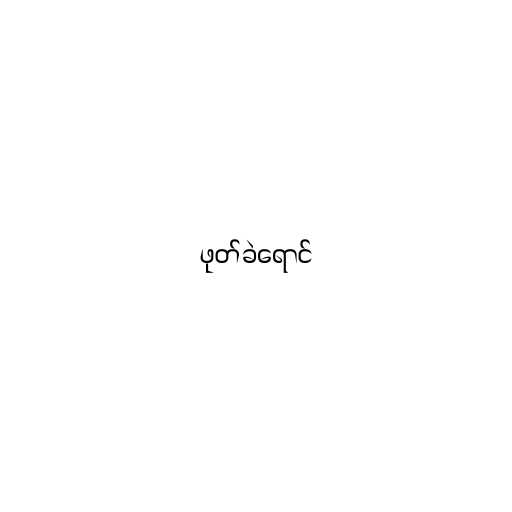
ဖုတ်ခဲရောင်